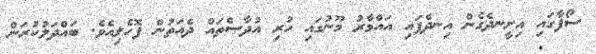
ސޯފާގައި އިށީނދެގެން އިނދެފައި އައްމާރު މޫނުގައި ހުރި އުދާސްތައް ދެއަތުން ފޮހެލިއެވެ. ބައްދަލުކުރަން